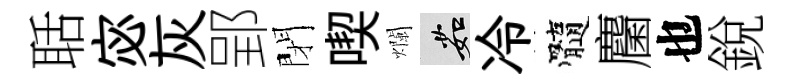
聒宓灰郢閉喫爛茹冷髓麕也銳